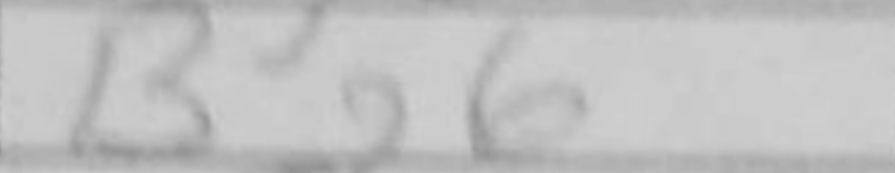
Transcription: Bg6